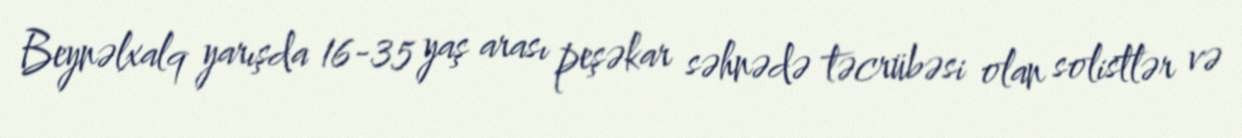
Beynəlxalq yarışda 16-35 yaş arası peşəkar səhnədə təcrübəsi olan solistlər və